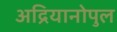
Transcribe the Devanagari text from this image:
अद्रियानोपुल